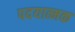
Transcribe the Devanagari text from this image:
पदयात्मक